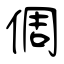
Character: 倜